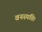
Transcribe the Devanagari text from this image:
वनस्पति।